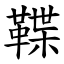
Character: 鞢